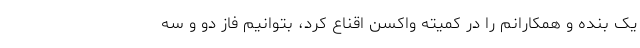
یک بنده و همکارانم را در کمیته واکسن اقناع کرد، بتوانیم فاز دو و سه